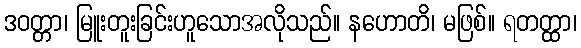
ဒဝတ္တာ၊ မြူးတူးခြင်းဟူသောအလိုသည်။ နဟောတိ၊ မဖြစ်။ ရတတ္ထာ၊